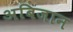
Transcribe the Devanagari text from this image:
अबिजान